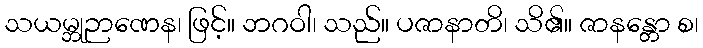
သယမ္ဘုဉာဏေန၊ ဖြင့်။ ဘဂဝါ၊ သည်။ ပဇာနာတိ၊ သိ၏။ ဇာနန္တော စ၊